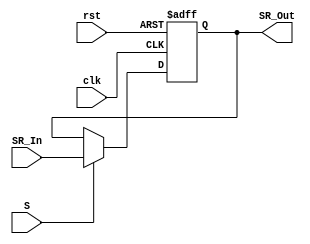
module StatusReg (clk, rst, S, SR_In, SR_Out); // N, Z, C, V
    input clk, rst, S;
    input [3:0] SR_In;
    output reg [3:0] SR_Out;

    always@(negedge clk, posedge rst) begin
        if(rst)
            SR_Out <= 4'b0100;
        else if(S)
            SR_Out <= SR_In;
    end

endmodule